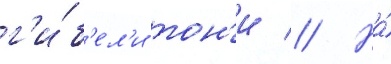
г'и́б'ел'и тон'и // На́